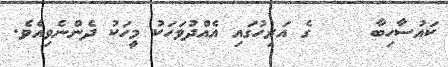
ކައުސާހިބާ     ގެ އަރިހުގައި އެއްދުވަހަކު މީހަކު ދެންނެވިއެވެ.